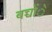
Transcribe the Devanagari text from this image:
बच्चोंे